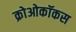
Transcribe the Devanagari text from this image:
क्रोओकॉकस